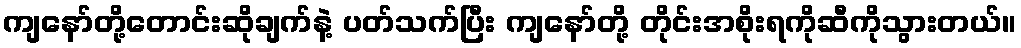
ကျနော်တို့တောင်းဆိုချက်နဲ့ ပတ်သက်ပြီး ကျနော်တို့ တိုင်းအစိုးရကိုဆီကိုသွားတယ်။